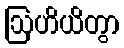
ဩဟိယိတွာ